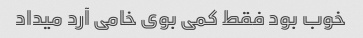
خوب بود فقط کمی بوی خامی آرد میداد